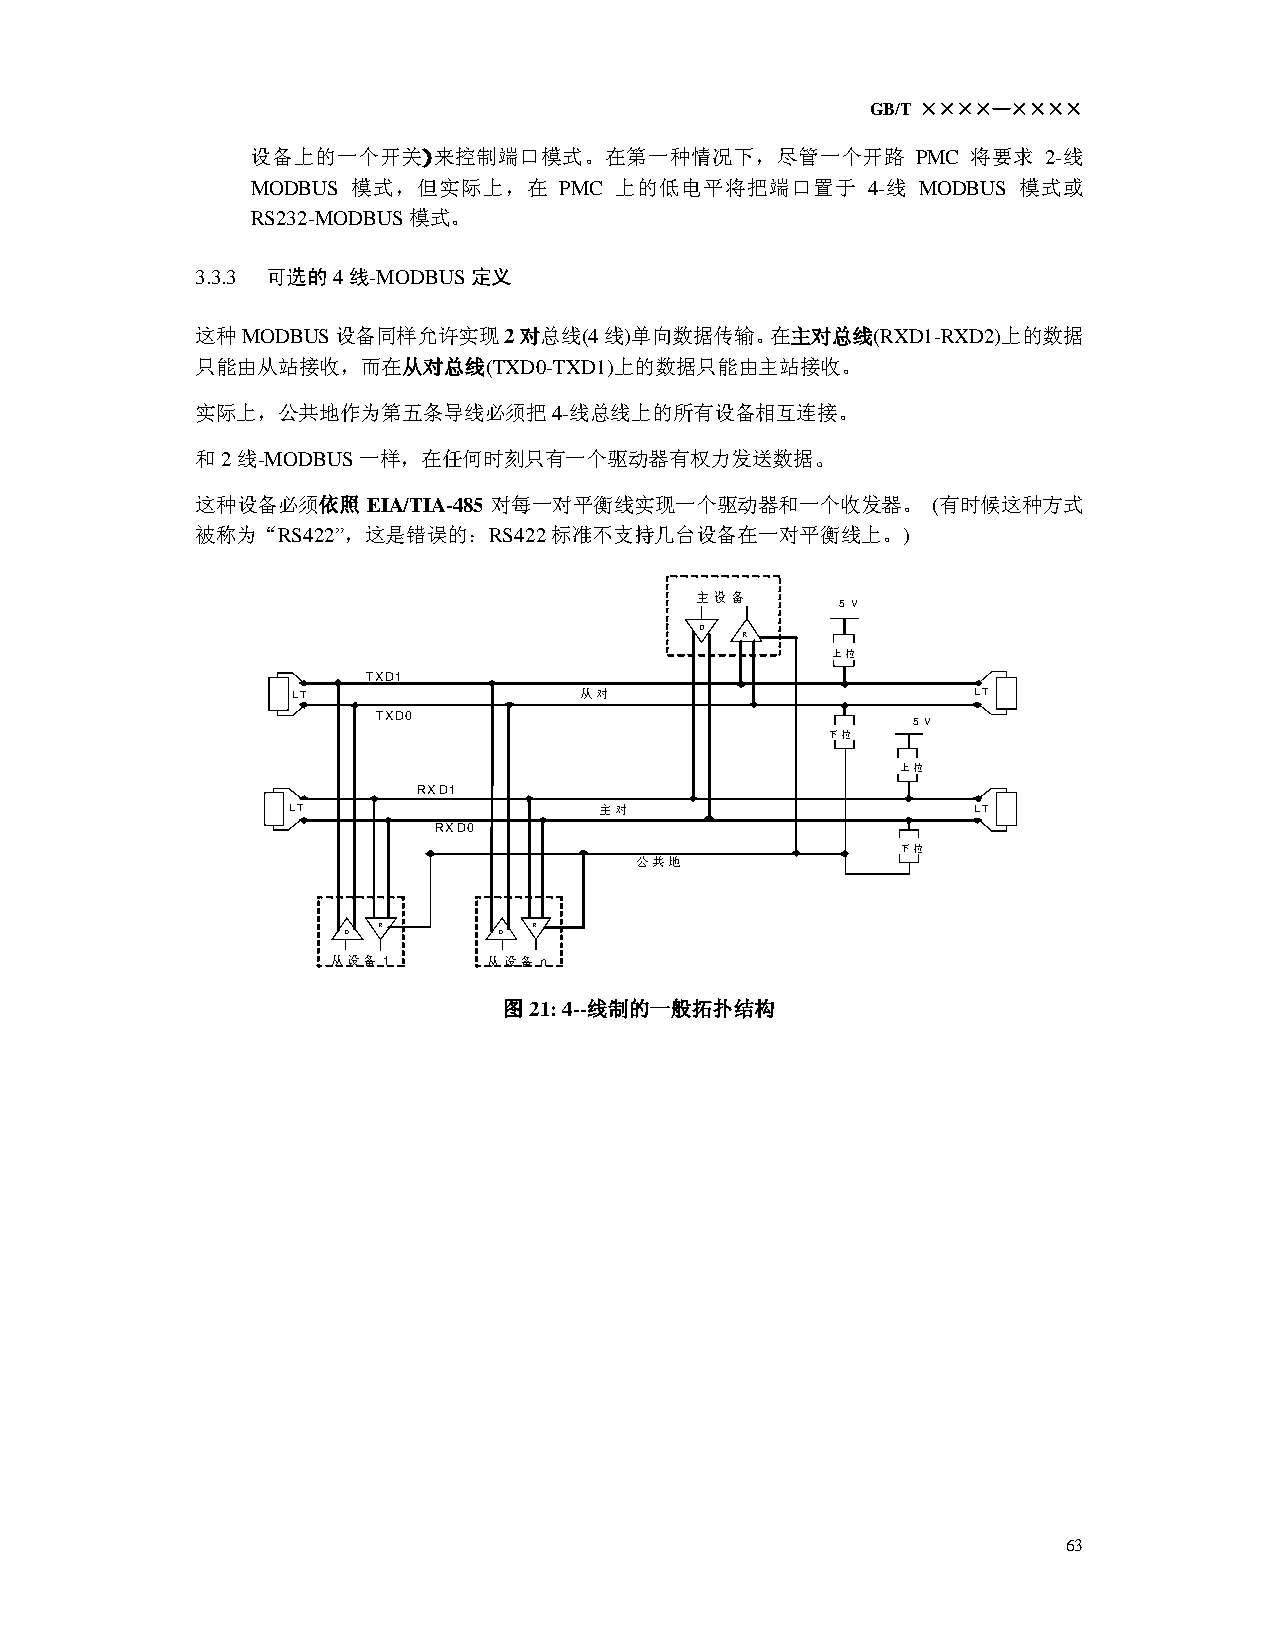
GB/T ××××—××××
 设备上的一个开关)来控制端口模式。在第一种情况下，尽管一个开路             PMC 将要求 2-线
 MODBUS 模式，但实际上，在    PMC 上的低电平将把端口置于     4-线 MODBUS 模式或
 RS232-MODBUS模式。
 3.3.3 可选的4线-MODBUS定义
 这种MODBUS设备同样允许实现2对总线(4线)单向数据传输。在主对总线(RXD1-RXD2)上的数据
 只能由从站接收，而在从对总线(TXD0-TXD1)上的数据只能由主站接收。
 实际上，公共地作为第五条导线必须把4-线总线上的所有设备相互连接。
 和2线-MODBUS一样，在任何时刻只有一个驱动器有权力发送数据。
 这种设备必须依照   EIA/TIA-485 对每一对平衡线实现一个驱动器和一个收发器。     (有时候这种方式
 被称为“RS422”，这是错误的：RS422标准不支持几台设备在一对平衡线上。)
 主设备
 5 V
 D
 R
 上拉
 TXD1
 LT                 从对                         LT
 TXD0
 5 V
 下拉
 上拉
 RXD1
 LT                   主对                       LT
 RXD0
 下拉
 公共地
 R         R
 D         D
 从设备 1     从设备 n
 图21: 4--线制的一般拓扑结构
 63